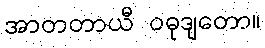
အာတတာယီ ဝဓုဒျတော။